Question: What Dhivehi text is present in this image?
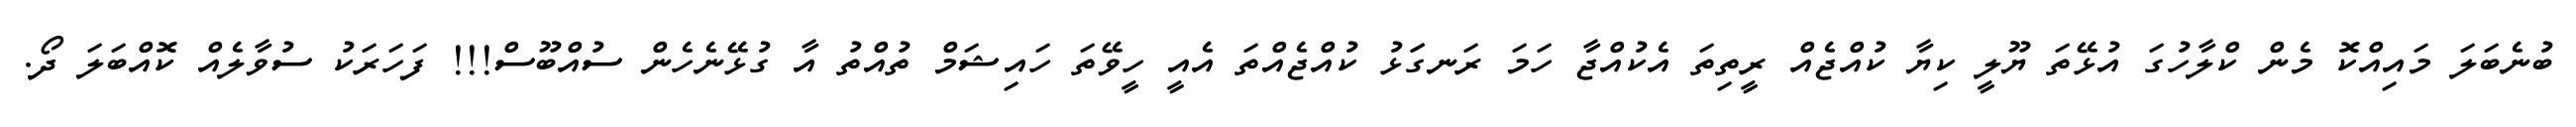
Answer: ބުނެބަލަ މައިއްކޮ މެން ކްލާހުގަ އުޅޭތަ ޔޫލީ ކިޔާ ކުއްޖެއް ރީތިތަ އެކުއްޖާ ހަމަ ރަނގަަޅު ކުއްޖެއްތަ އެއީ ހީވޭތަ ހައިޝަމް ތުއްތު އާ ގުޅޭނެހެން ސުއްބޫސް!!! ފަހަރަކު ސުވާލެއް ކޮއްބަލަ ދޯ.